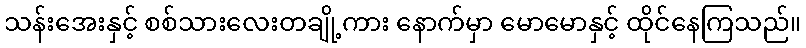
သန်းအေးနှင့် စစ်သားလေးတချို့ကား နောက်မှာ မောမောနှင့် ထိုင်နေကြသည်။